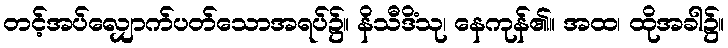
တင့်အပ်လျှောက်ပတ်သောအရပ်၌။ နိသီဒိံသု၊ နေကုန်၏။ အထ၊ ထိုအခါ၌။